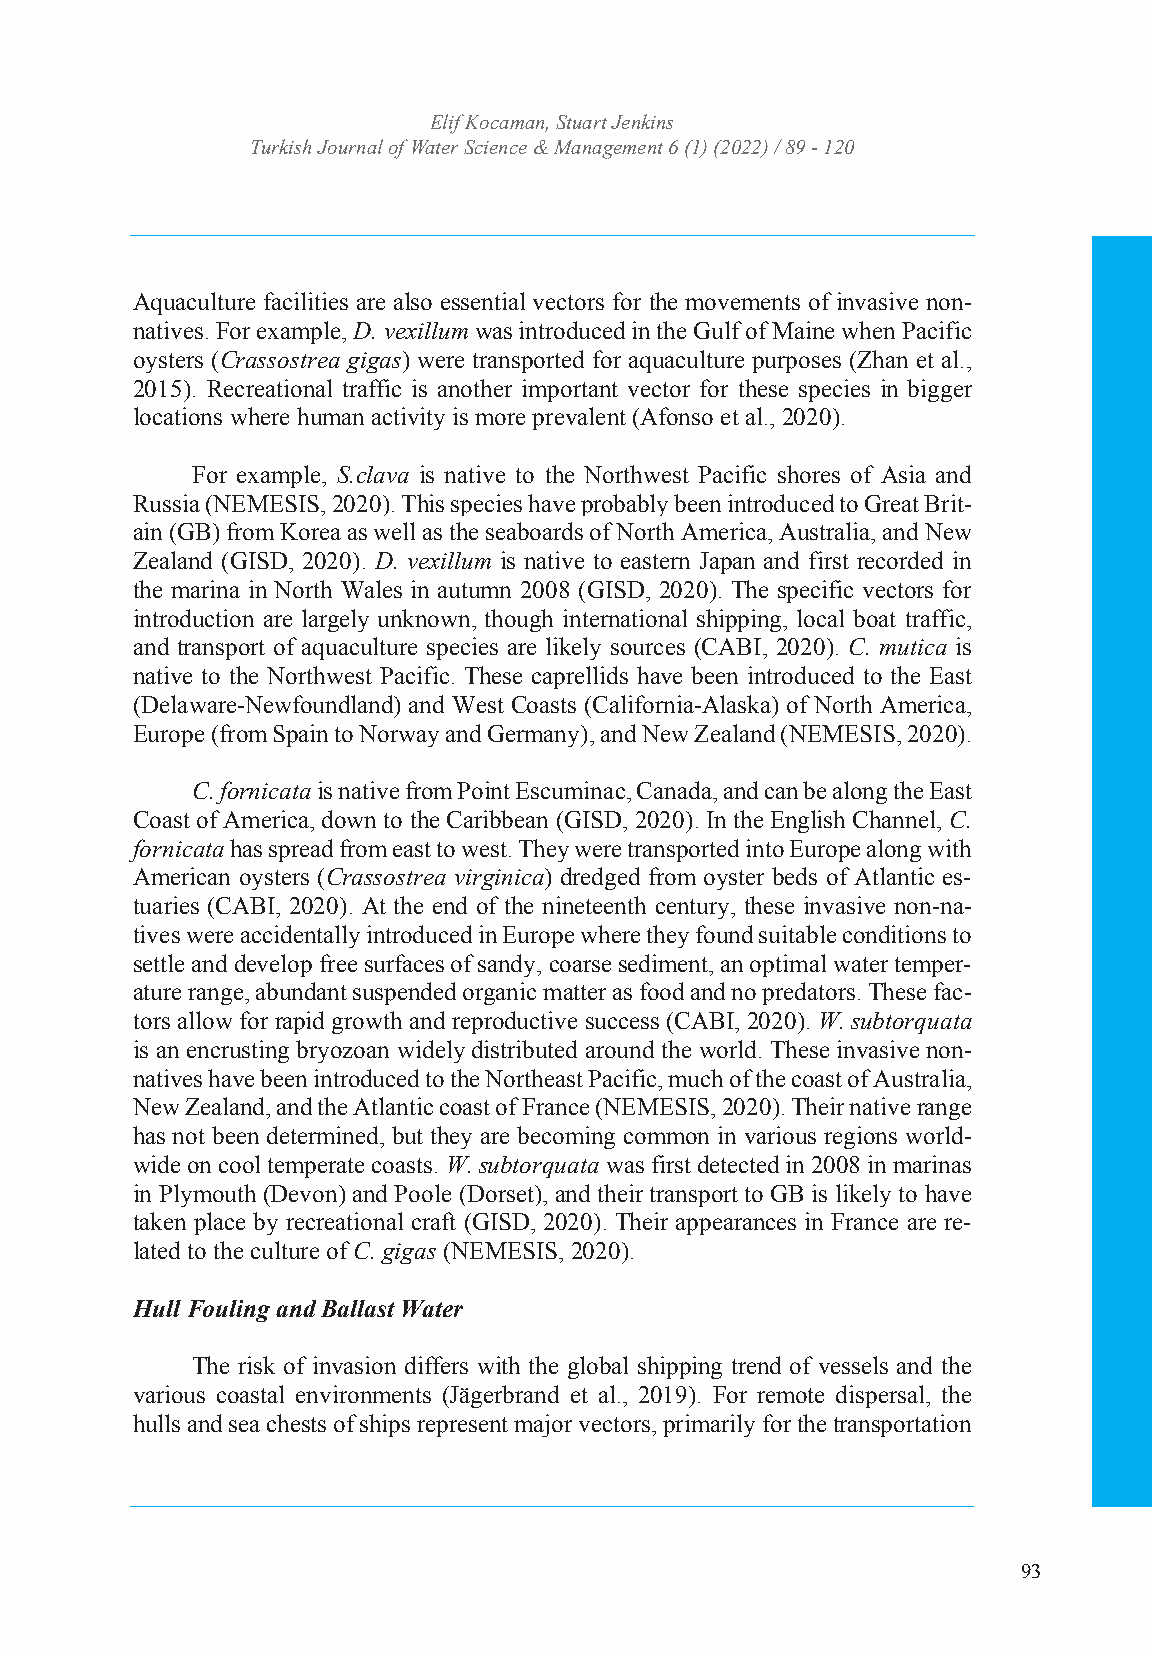
Turkish JoEulrinf aKl oocfa Wmaatne,r SStcuiaerntc Jee &nk Minsanagement
 Turkish Journal of WIaStSeNr: S2c53ie6n 4c7e4 X& / eM-IaSSnNa:g 2e5m64e-n7t3 364 (1) (2022) / 89 - 120
 Volume: 6 Issue: 1 Year: 2022
 Aquaculture facilities are also essential vectors for the movements of invasive non-
 natives. For example, D. vexillum was introduced in the Gulf of Maine when Pacific
 oysters (Crassostrea gigas) were transported for aquaculture purposes (Zhan et al.,
 2015). Recreational traffic is another important vector for these species in bigger
 locations where human activity is more prevalent (Afonso et al., 2020).
 For example, S.clava is native to the Northwest Pacific shores of Asia and
 Russia (NEMESIS, 2020). This species have probably been introduced to Great Brit-
 ain (GB) from Korea as well as the seaboards of North America, Australia, and New
 Zealand (GISD, 2020). D. vexillum is native to eastern Japan and first recorded in
 the marina in North Wales in autumn 2008 (GISD, 2020). The specific vectors for
 introduction are largely unknown, though international shipping, local boat traffic,
 and transport of aquaculture species are likely sources (CABI, 2020). C. mutica is
 native to the Northwest Pacific. These caprellids have been introduced to the East
 (Delaware-Newfoundland) and West Coasts (California-Alaska) of North America,
 Europe (from Spain to Norway and Germany), and New Zealand (NEMESIS, 2020).
 C. fornicata is native from Point Escuminac, Canada, and can be along the East
 Coast of America, down to the Caribbean (GISD, 2020). In the English Channel, C.
 fornicata has spread from east to west. They were transported into Europe along with
 American oysters (Crassostrea virginica) dredged from oyster beds of Atlantic es-
 tuaries (CABI, 2020). At the end of the nineteenth century, these invasive non-na-
 tives were accidentally introduced in Europe where they found suitable conditions to
 settle and develop free surfaces of sandy, coarse sediment, an optimal water temper-
 ature range, abundant suspended organic matter as food and no predators. These fac-
 tors allow for rapid growth and reproductive success (CABI, 2020). W. subtorquata
 is an encrusting bryozoan widely distributed around the world. These invasive non-
 natives have been introduced to the Northeast Pacific, much of the coast of Australia,
 New Zealand, and the Atlantic coast of France (NEMESIS, 2020). Their native range
 has not been determined, but they are becoming common in various regions world-
 wide on cool temperate coasts. W. subtorquata was first detected in 2008 in marinas
 in Plymouth (Devon) and Poole (Dorset), and their transport to GB is likely to have
 taken place by recreational craft (GISD, 2020). Their appearances in France are re-
 lated to the culture of C. gigas (NEMESIS, 2020).
 Hull Fouling and Ballast Water
 The risk of invasion differs with the global shipping trend of vessels and the
 various coastal environments (Jägerbrand et al., 2019). For remote dispersal, the
 hulls and sea chests of ships represent major vectors, primarily for the transportation
 93
 5